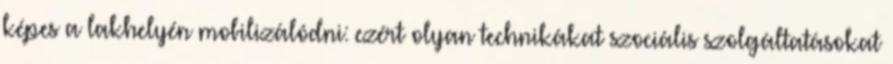
képes a lakhelyén mobilizálódni: ezért olyan technikákat szociális szolgáltatásokat